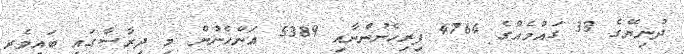
ދުނިޔޭގެ 33 ގައުމެއްގެ 4764 ފިރިހެނުންނާއި 5389 އަންހެނުން މި ދިރާސާގައި ބައިވެރި